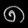
Digit: ၈